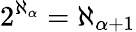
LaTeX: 2^{\aleph_{\alpha}}=\aleph_{\alpha+1}